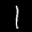
Digit: 1